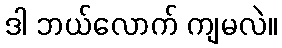
ဒါ ဘယ်လောက် ကျမလဲ။